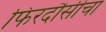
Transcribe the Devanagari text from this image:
फिरदौसीचा